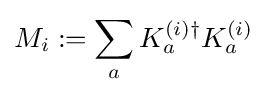
M_{i}:=\sum _{a}K_{a}^{(i)\dagger }K_{a}^{(i)}